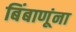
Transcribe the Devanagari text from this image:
बिंबाणूंना